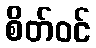
စိတ်ဝင်